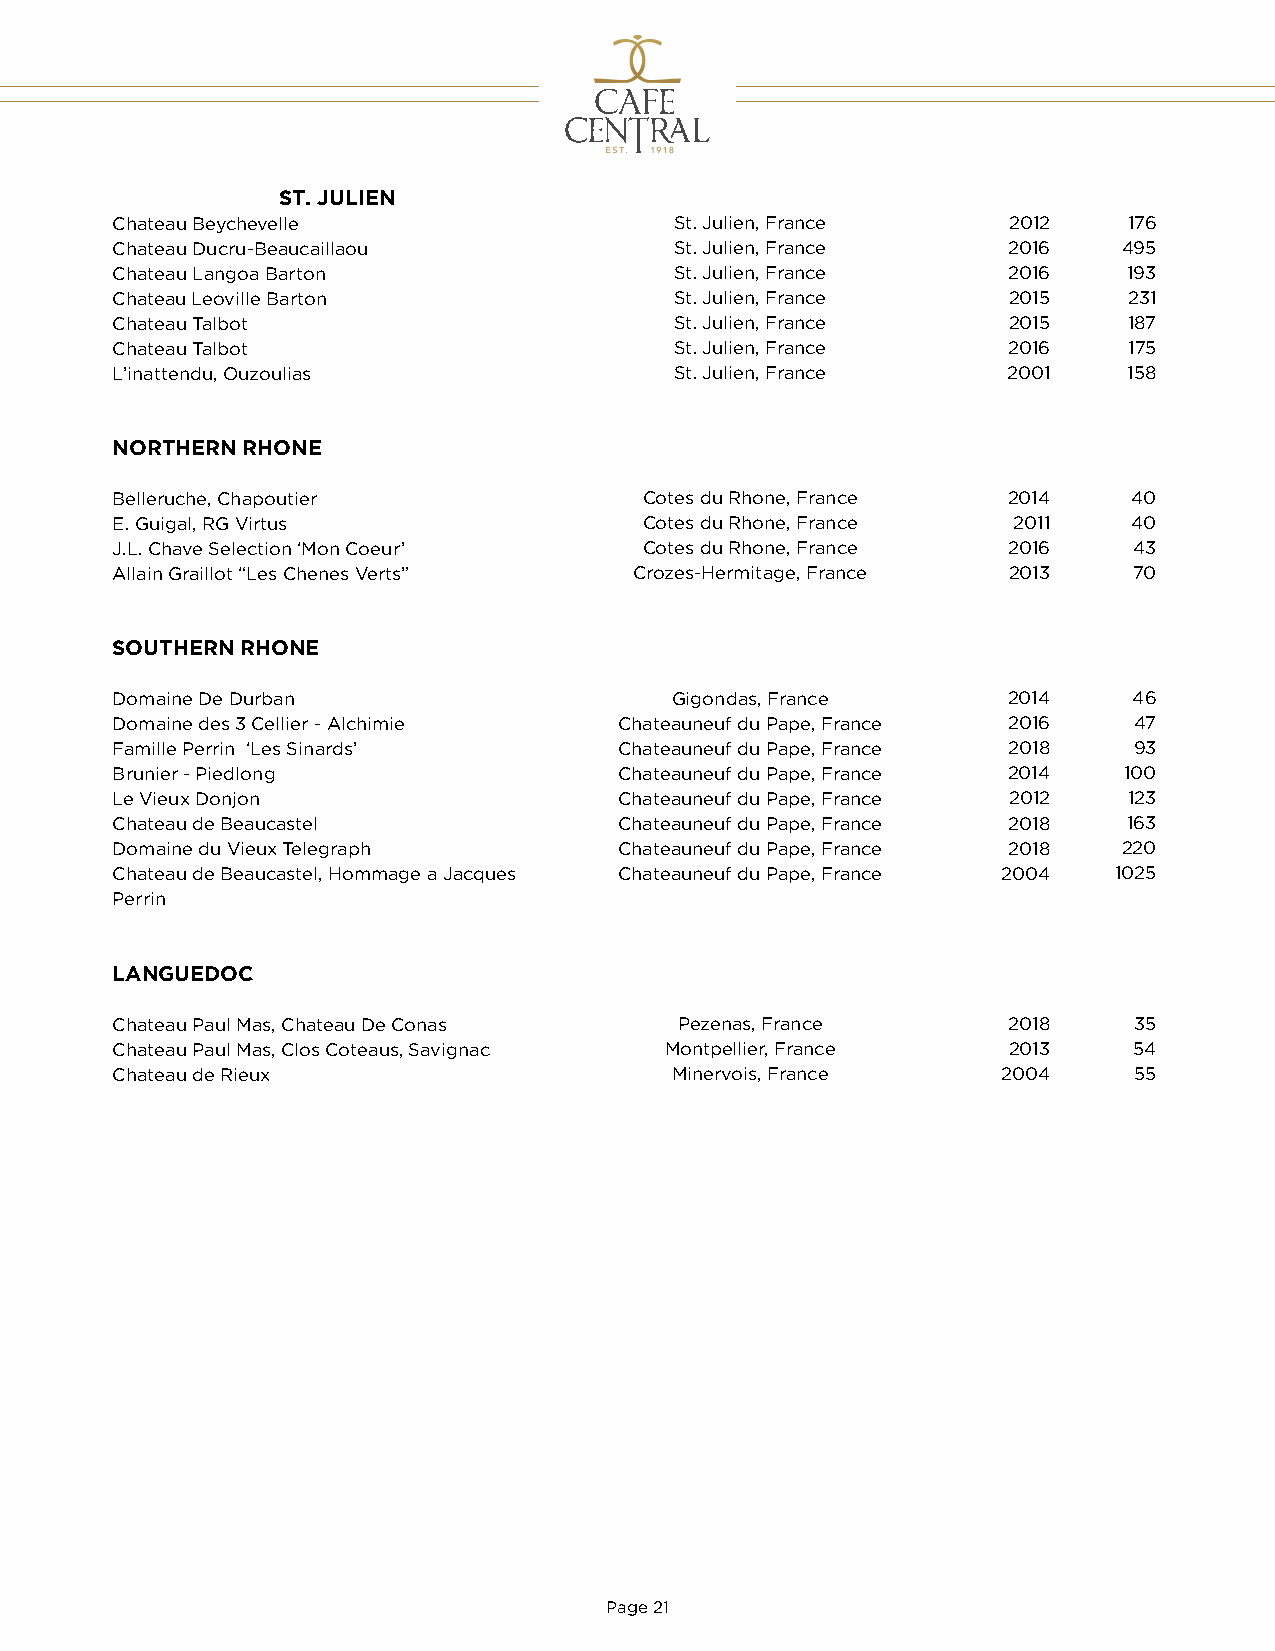
ST. JULIEN
 Chateau Beychevelle                   St. Julien, France    2012    176
 Chateau Ducru-Beaucaillaou            St. Julien, France    2016   495
 Chateau Langoa Barton                 St. Julien, France    2016    193
 Chateau Leoville Barton               St. Julien, France    2015    231
 Chateau Talbot                        St. Julien, France    2015    187
 Chateau Talbot                        St. Julien, France    2016    175
 L’inattendu, Ouzoulias                St. Julien, France    2001    158
 NORTHERN RHONE
 Belleruche, Chapoutier              Cotes du Rhone, France  2014    40
 E. Guigal, RG Virtus                Cotes du Rhone, France  2011    40
 J.L. Chave Selection ‘Mon Coeur’    Cotes du Rhone, France  2016    43
 Allain Graillot “Les Chenes Verts” Crozes-Hermitage, France 2013    70
 SOUTHERN RHONE
 Domaine De Durban                    Gigondas, France       2014    46
 Domaine des 3 Cellier - Alchimie  Chateauneuf du Pape, France 2016  47
 Famille Perrin ‘Les Sinards’      Chateauneuf du Pape, France 2018  93
 Brunier - Piedlong                Chateauneuf du Pape, France 2014 100
 Le Vieux Donjon                   Chateauneuf du Pape, France 2012  123
 Chateau de Beaucastel             Chateauneuf du Pape, France 2018  163
 Domaine du Vieux Telegraph        Chateauneuf du Pape, France 2018 220
 Chateau de Beaucastel, Hommage a Jacques Chateauneuf du Pape, France 2004 1025
 Perrin
 LANGUEDOC
 Chateau Paul Mas, Chateau De Conas    Pezenas, France       2018    35
 Chateau Paul Mas, Clos Coteaus, Savignac Montpellier, France 2013   54
 Chateau de Rieux                     Minervois, France     2004     55
 Page 21